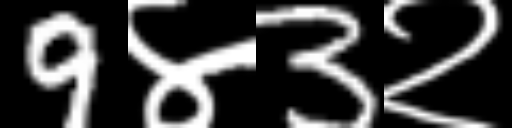
Text: 9४3२